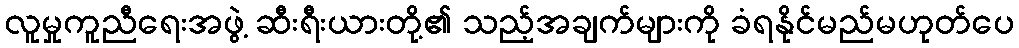
လူမှုကူညီရေးအဖွဲ့ ဆီးရီးယားတို့၏ သည့်အချက်များကို ခံရနိုင်မည်မဟုတ်ပေ